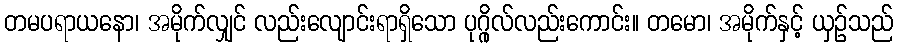
တမပရာယနော၊ အမိုက်လျှင် လည်းလျောင်းရာရှိသော ပုဂ္ဂိုလ်လည်းကောင်း။ တမော၊ အမိုက်နှင့် ယှဉ်သည်